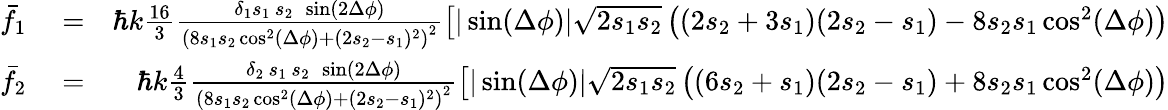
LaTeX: \begin{array}{rlr}{{\bar{f}}_{1}}&{{}=}&{\hbar k\frac{16}{3}\frac{\delta_{1}s_{1}\, s_{2}\, \, \sin(2\Delta\phi)}{\left(8s_{1}s_{2}\cos^{2}(\Delta\phi)+(2s_{2}-s_{1})^{2}\right)^{2}}\left[|\sin(\Delta\phi)|\sqrt{2s_{1}s_{2}}\left((2s_{2}+3s_{1})(2s_{2}-s_{1})-8s_{2}s_{1}\cos^{2}(\Delta\phi)\right)\right.}\\ {{\bar{f}}_{2}}&{{}=}&{\hbar k\frac{4}{3}\frac{\delta_{2}\, s_{1}\, s_{2}\, \, \sin(2\Delta\phi)}{\left(8s_{1}s_{2}\cos^{2}(\Delta\phi)+(2s_{2}-s_{1})^{2}\right)^{2}}\left[|\sin(\Delta\phi)|\sqrt{2s_{1}s_{2}}\left((6s_{2}+s_{1})(2s_{2}-s_{1})+8s_{2}s_{1}\cos^{2}(\Delta\phi)\right)\right.}\end{array}